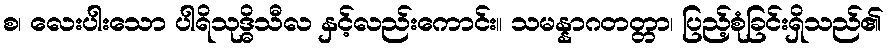
စ၊ လေးပါးသော ပါရိသုဒ္ဓိသီလ နှင့်လည်းကောင်း။ သမန္နာဂတတ္တာ၊ ပြည့်စုံခြင်းရှိသည်၏